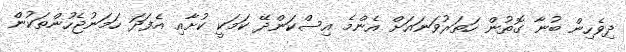
ދިވެހިން ބުނާ ގޮތުން ހަތަރުވަނައަށް އެންމެ އިސްކަންދޭ ކަމަކީ ކުށާއި އެފަދަ ހަމަނުޖެހުންތަކުން